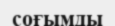
соғымды